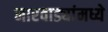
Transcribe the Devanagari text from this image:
मारवाड्यांमध्ये